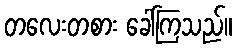
တလေးတစား ခေါ်ကြသည်။